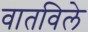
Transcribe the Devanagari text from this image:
वातविले